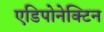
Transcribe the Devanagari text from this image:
एडिपोनेक्टिन